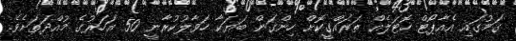
ގަމުގައި އެއާޕޯޓް ހޮޓަލެއް ތަރައްގީކޮށް ހިންގަން ބަޔަކާ ހަވާލުކުރާނީ 50 އަހަރުގެ މުއްދަތަށެވެ.